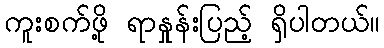
ကူးစက်ဖို့ ရာနှုန်းပြည့် ရှိပါတယ်။